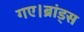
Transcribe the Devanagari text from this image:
गए।ब्रांड्स